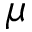
\mu